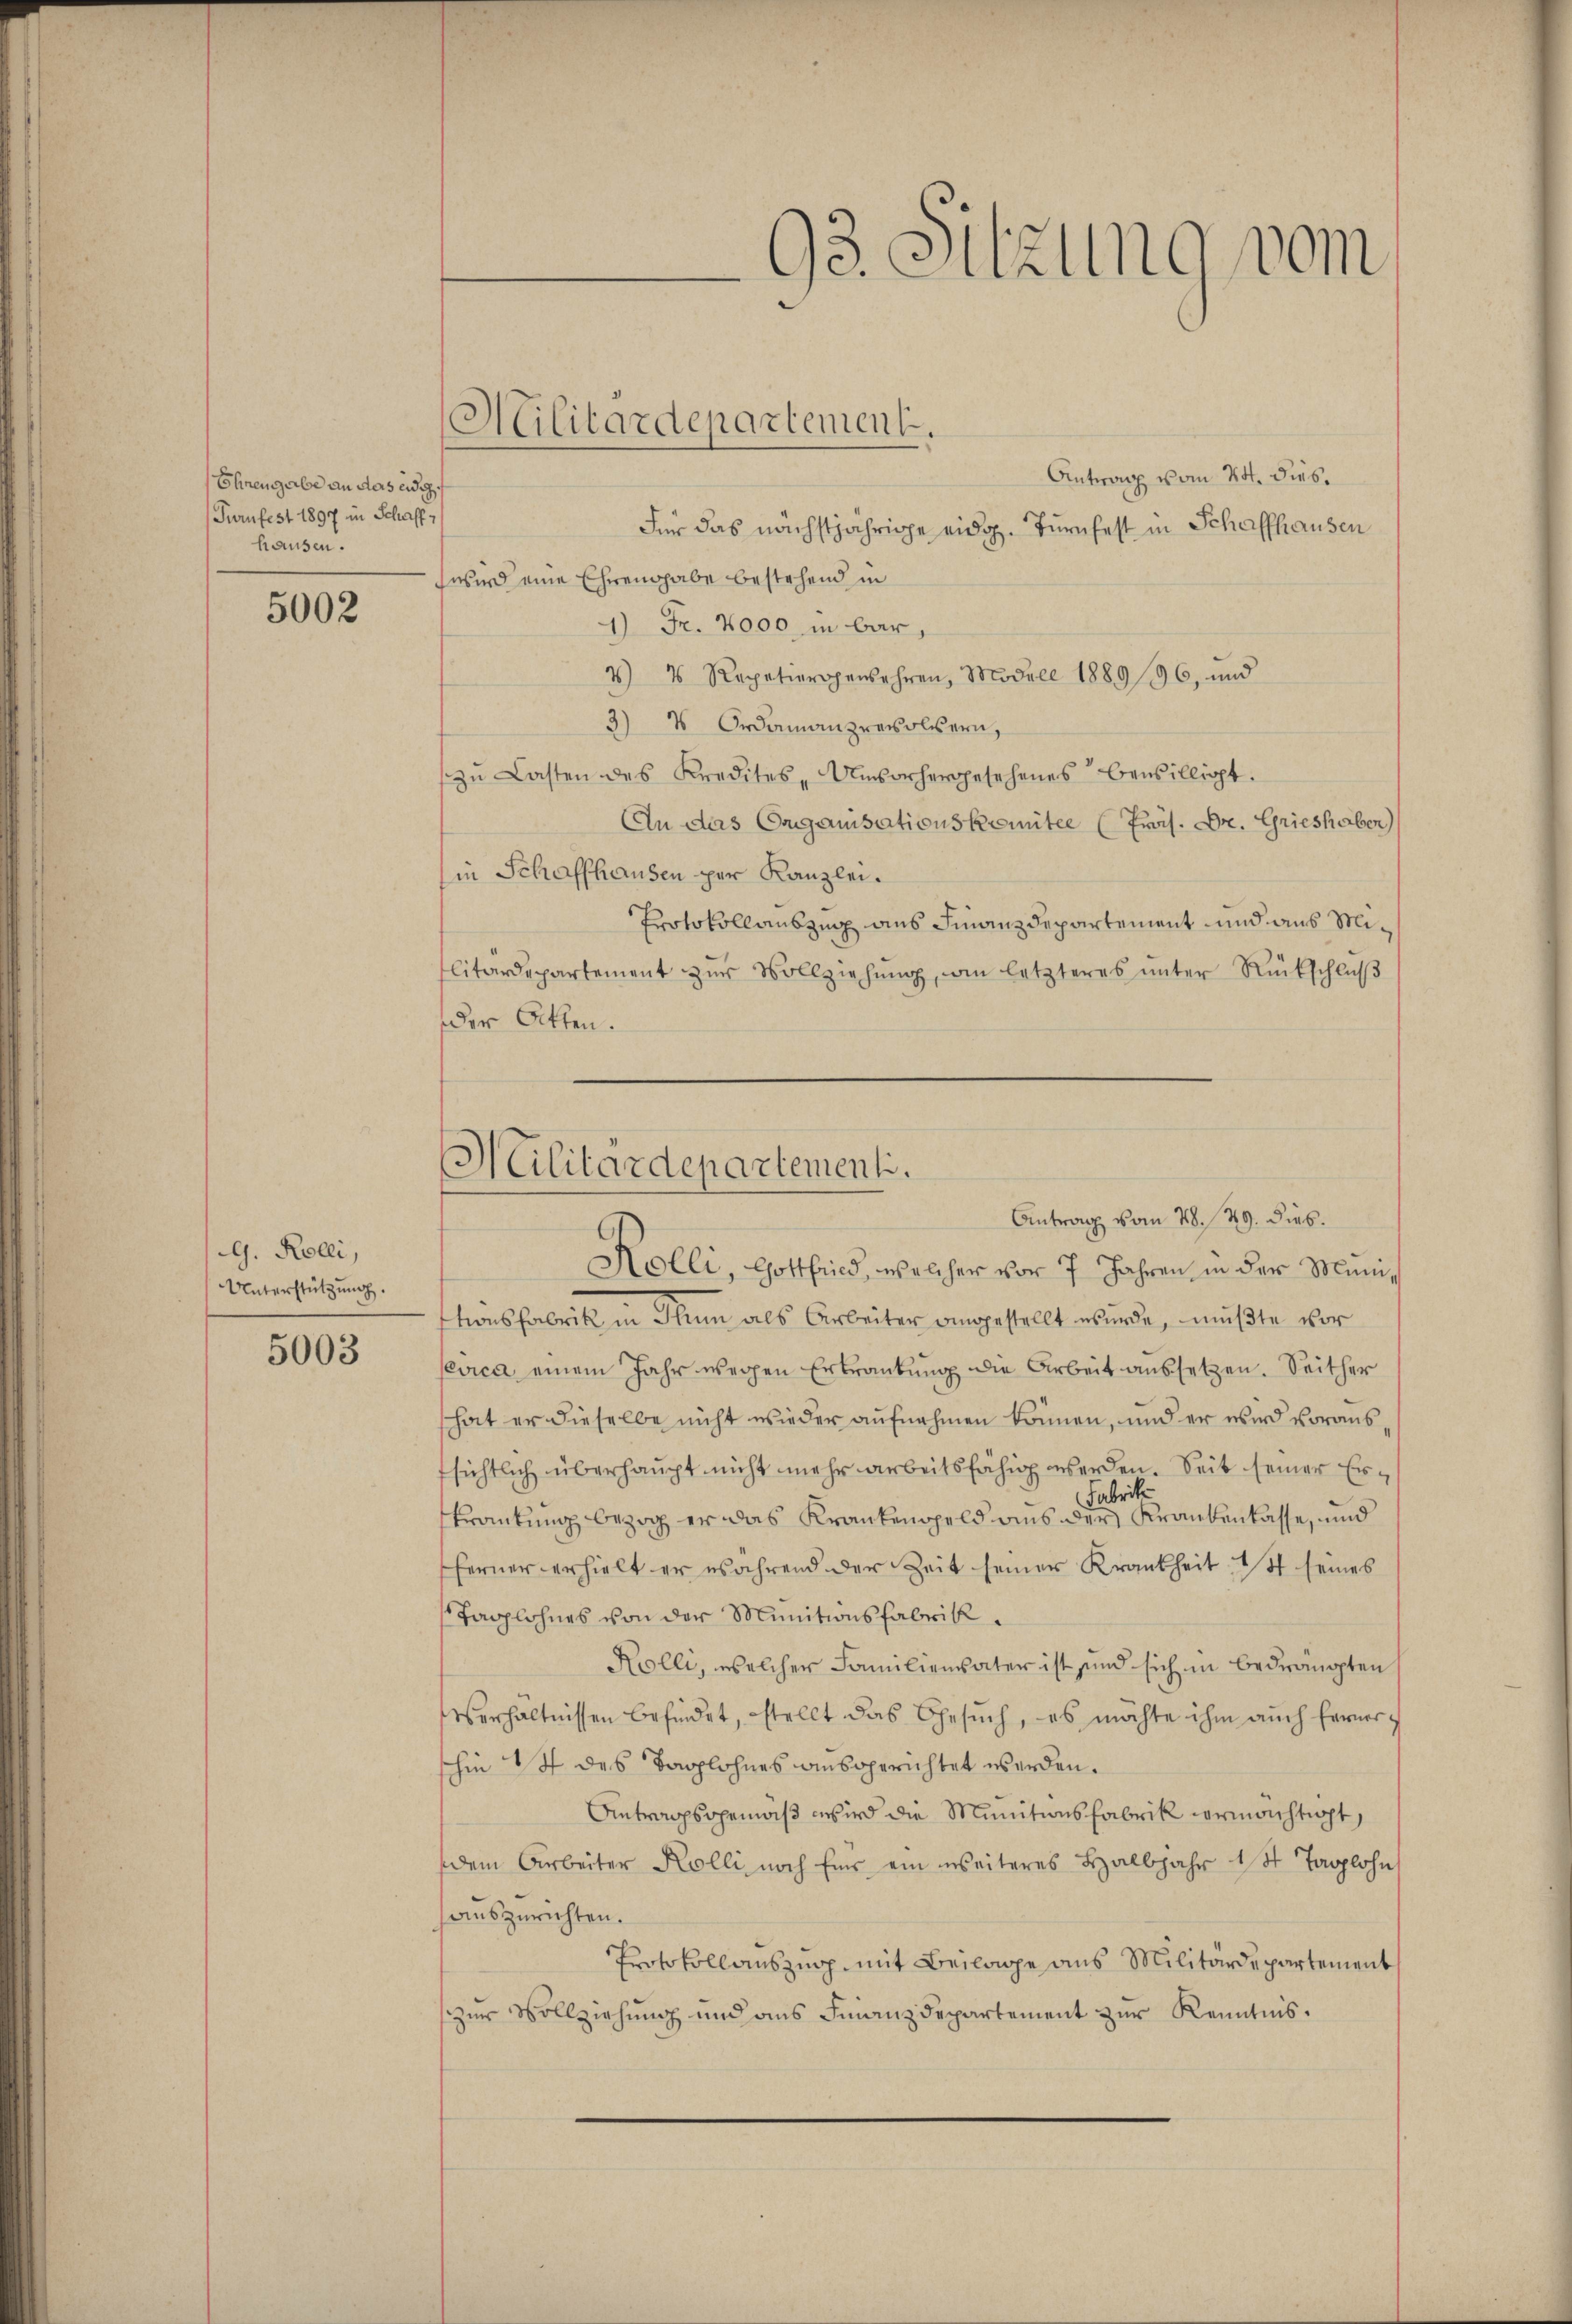
Ehrengabe an das eidg.
Purnfest 1897 in Schaff
hausen.

5002

G. Rolli,
Unterstützung.

5003

Antrag vom 24. dies.
Für das nächstjährige eidg. Turnfest in Schaffhausen
wird eine Ehrengabe bestehend in
1) Fr. 2000 in bar,
4 4 Repationsgewehren, Modell 1889/96, und
3) V. Ordinanzrevoluern,
zŭ Lasten des Kredites - Umsorhergesehenes bewilligt.
An das Organisationskomitee (Präs. Dr. Grieshaben)
in Schaffhausen per Kanzlei.
Protokollauszug aus Finanzdepartement und aus Militärdepartement zur Vollziehung, an letzteres unter Rückschluß
der Otten.
Kolli, Gottfried, welcher vor 7 Jahren in der Ministionsfabrik in Thun als Arbeiter eingestellt wurde, müßte vor
evica einem Jahr wegen Ertrautung die Arbeit aussetzen. Seither
hat er dieselbe nicht wieder aufnehmen können, und er wird voraussichtlich überhaupt nicht mehr arbeitsfähig werden. Seit seiner Er¬
Fabrik
krankung bezog er das Krankensgeld aus der Krankenkasse, und
ferner erhielt er während der Zeit seiner Krankheit 1 t seines
Taglohnes von der Munitionsfabrik¬
Kölli, welcher Familienvater ist sind sich in bedrängten
Verhältnissen befindet, stellt das Gesuch, es möchte ihm auch fernerhin 14 des Taglohnes ausgerichtet werden.
Antragsgemäß wird die Munitionsfabrik vermächtigt,
dem Arbeiter Kolli noch für ein weiteres Halbjahr 1 St Taglohn
auszurichten.
Protokollauszug mit Beilage aus Militärdepartement
zur Vollziehung und aus Finanzdepartement zur Kenntnis.

Militärdepartement.

93. Sitzung vom

Militärdepartementi.
Antrag vom 28. 29. dies